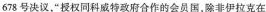
678号决议，”授权同科威特政府合作的会员国，除非伊拉克在